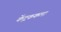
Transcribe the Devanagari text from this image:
केंद्रककला